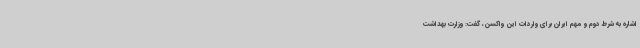
اشاره به شرط دوم و مهم ایران برای واردات این واکسن، گفت: وزارت بهداشت